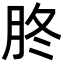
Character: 𦙭